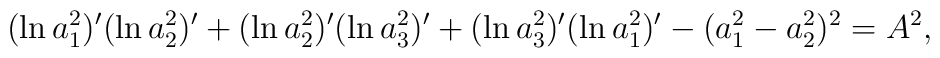
(\ln a_1^2)^{\prime} (\ln a_2^2)^{\prime}+ (\ln a_2^2)^{\prime} (\ln a_3^2)^{\prime}+ (\ln a_3^2)^{\prime} (\ln a_1^2)^{\prime}-(a_1^2-a_2^2)^2=A^2,